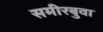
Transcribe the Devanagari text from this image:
समीरबुवा